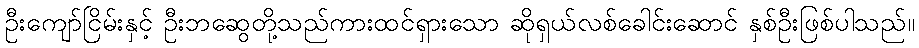
ဦးကျော်ငြိမ်းနှင့် ဦးဘဆွေတို့သည်ကားထင်ရှားသော ဆိုရှယ်လစ်ခေါင်းဆောင် နှစ်ဦးဖြစ်ပါသည်။